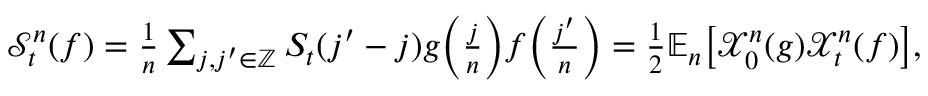
\begin{array} { r } { \mathscr { S } _ { t } ^ { n } ( f ) = \frac { 1 } { n } \sum _ { j , j ^ { \prime } \in \mathbb { Z } } S _ { t } ( j ^ { \prime } - j ) g \bigg ( \frac { j } { n } \bigg ) f \bigg ( \frac { j ^ { \prime } } { n } \bigg ) = \frac { 1 } { 2 } \mathbb { E } _ { n } \big [ \mathcal { X } _ { 0 } ^ { n } ( g ) \mathcal { X } _ { t } ^ { n } ( f ) \big ] , } \end{array}